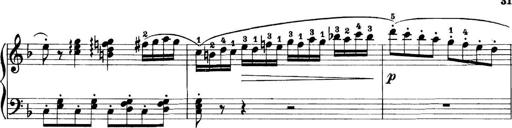
Title: 11 Sonatinas
Composer: Anton Diabelli